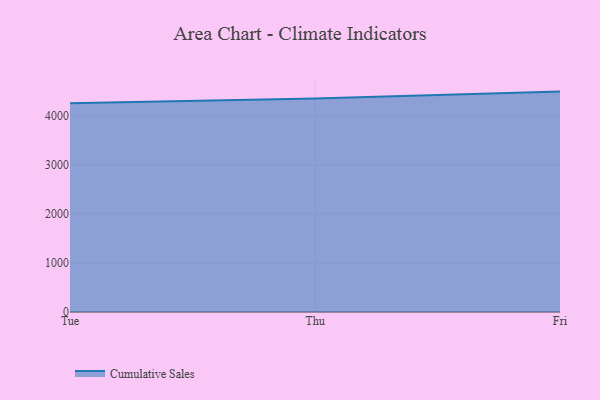
{"axis": {"x": "Day", "y": "Satisfaction Score"}, "legend": ["Cumulative Sales"], "data": [{"x": "Tue", "y": 4260.0, "type": "Cumulative Sales"}, {"x": "Thu", "y": 4356.7, "type": "Cumulative Sales"}, {"x": "Fri", "y": 4495.9, "type": "Cumulative Sales"}]}